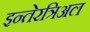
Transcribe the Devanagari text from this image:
इन्तेरत्रिअल